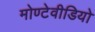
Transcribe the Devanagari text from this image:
मोण्टेवीडियो